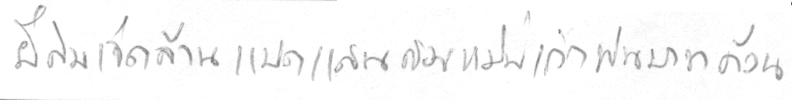
ยี่สิบเจ็ดล้านแปดแสนสองหมื่นเก้าพันบาทถ้วน